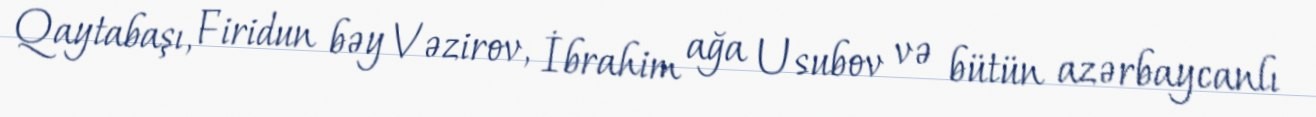
Qaytabaşı, Firidun bəy Vəzirov, İbrahim ağa Usubov və bütün azərbaycanlı